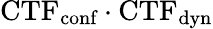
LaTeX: \textrm{CTF}_{\textrm{conf}}\cdot\textrm{CTF}_{\textrm{dyn}}